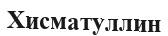
Хисматуллин